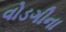
વોડગીના